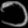
Digit: ၁